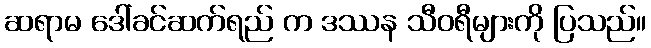
ဆရာမ ဒေါ်ခင်ဆက်ရည် က ဒဿန သီဝရီများကို ပြသည်။